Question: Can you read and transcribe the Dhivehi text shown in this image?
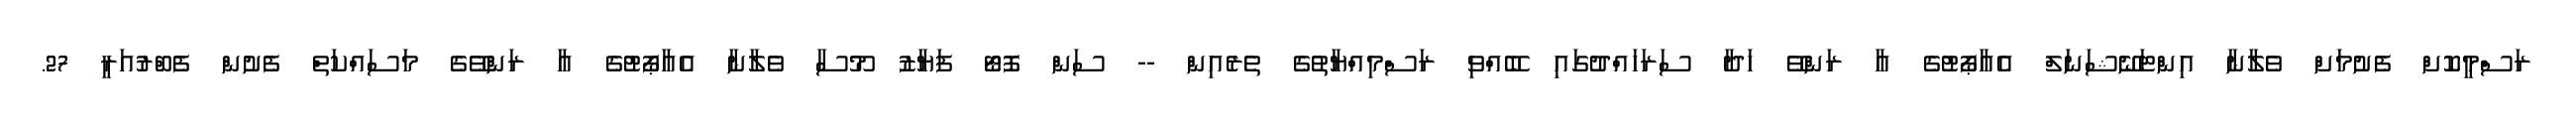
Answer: ރަސްމީކޮށް ފެށުމަށް ވެލާނާ އިންޓަނޭޝަނަލް އެއާޕޯޓުގެ އާ ރަންވޭ ހަދާ ސަރަހައްދުގައި ބޭއްވި ރަސްމިއްޔާތުގެ ތެރެއިން -- ސަން ފޮޓޯ ފަޔާޒު މޫސާ ވެލާނާ އެއާޕޯޓުގެ އާ ރަންވޭގެ މަސައްކަތް ފެށުން ފެބްރުއަރީ 27.